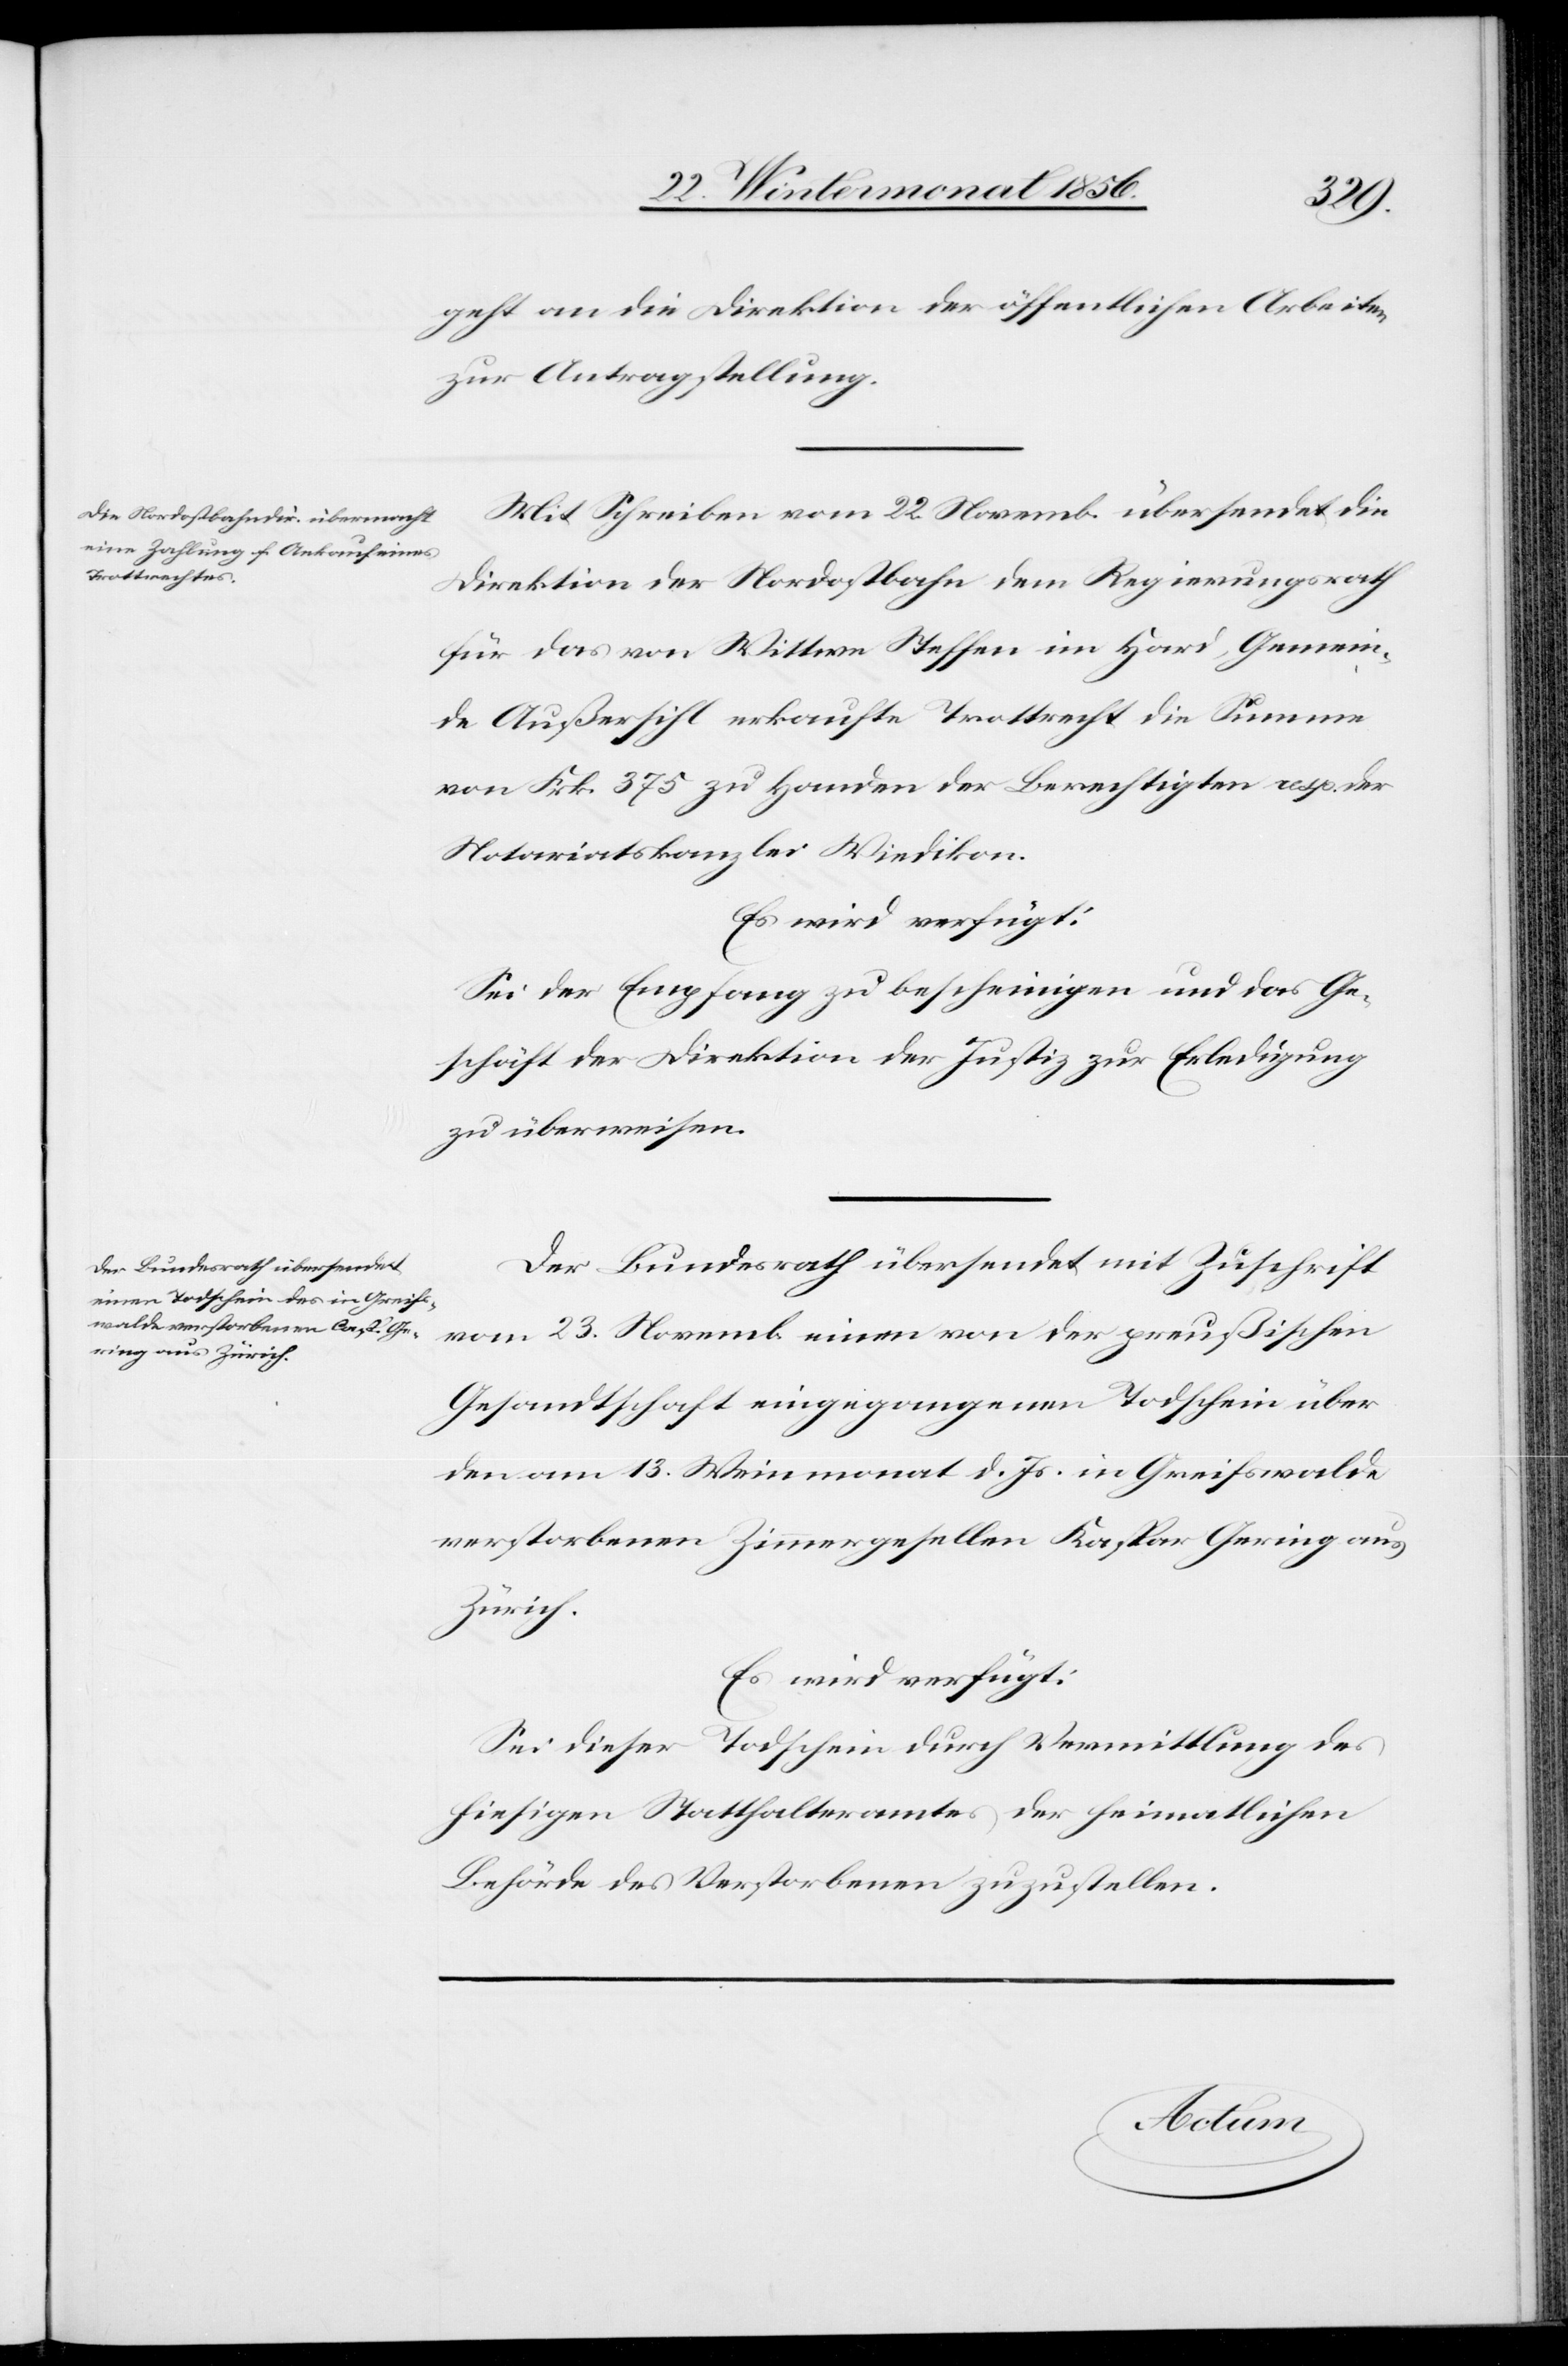
26. Wintermonat 1856.]
den
geht an die Direktion der öffentlichen Arbeiten
zur Antragstellung.
Mit Schreiben vom 22. Novemb. übersendet die
Direktion der Nordostbahn dem Regierungsrath
für das von Wittwe Steffen im Hard, Gemein¬
de Außersihl erkaufte Trottrecht die Summe
von Frk. 375 zu Handen der Berechtigten resp. der
Notariatskanzlei Wiedikon.
Es wird verfügt:
Sei der Empfang zu bescheinigen und das Ge¬
schäft der Direktion der Justiz zur Erledigung
zu überweisen.
Der Bundesrath übersendet mit Zuschrift
vom 23. Novemb. einen von der preußischen
Gesandtschaft eingegangenen Todschein über
den am 13. Weinmonat d. Js. in Greifswalde
verstorbenen Zimmergesellen Kaspar Gering aus
Zürich.
Es wird verfügt:
Sei dieser Todschein durch Vermittlung des
hiesigen Statthalteramtes der heimatlichen
Behörde des Verstorbenen zuzustellen.
Actum